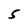
Character: 5